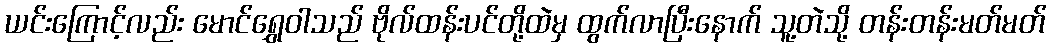
ယင်းကြောင့်လည်း မောင်ရွှေဝါသည် ဗိုလ်ထန်းပင်တို့ထဲမှ ထွက်လာပြီးနောက် သူ့တဲသို့ တန်းတန်းမတ်မတ်